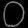
Digit: ၀